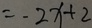
= - 2 x + 2